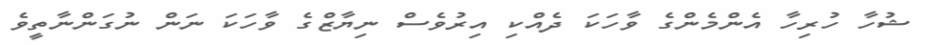
ޝުހާ ހުރިހާ އެންމެންގެ ވާހަކަ ދެއްކި އިރުވެސް ނިޔާޒްގެ ވާހަކަ ނަން ނުގަންނާތީވެ